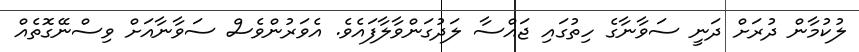
ލުކުމާން ދުރަށް ދަނީ ސަވާނާގެ ހިތުގައި ޖައްސާ ލަދުގަންވާލާފައެވެ. އެވަރުންވެސް ސަވާނާއަށް ވިސްނޭގޮތެއް